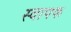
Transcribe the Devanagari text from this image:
स्‍वापक